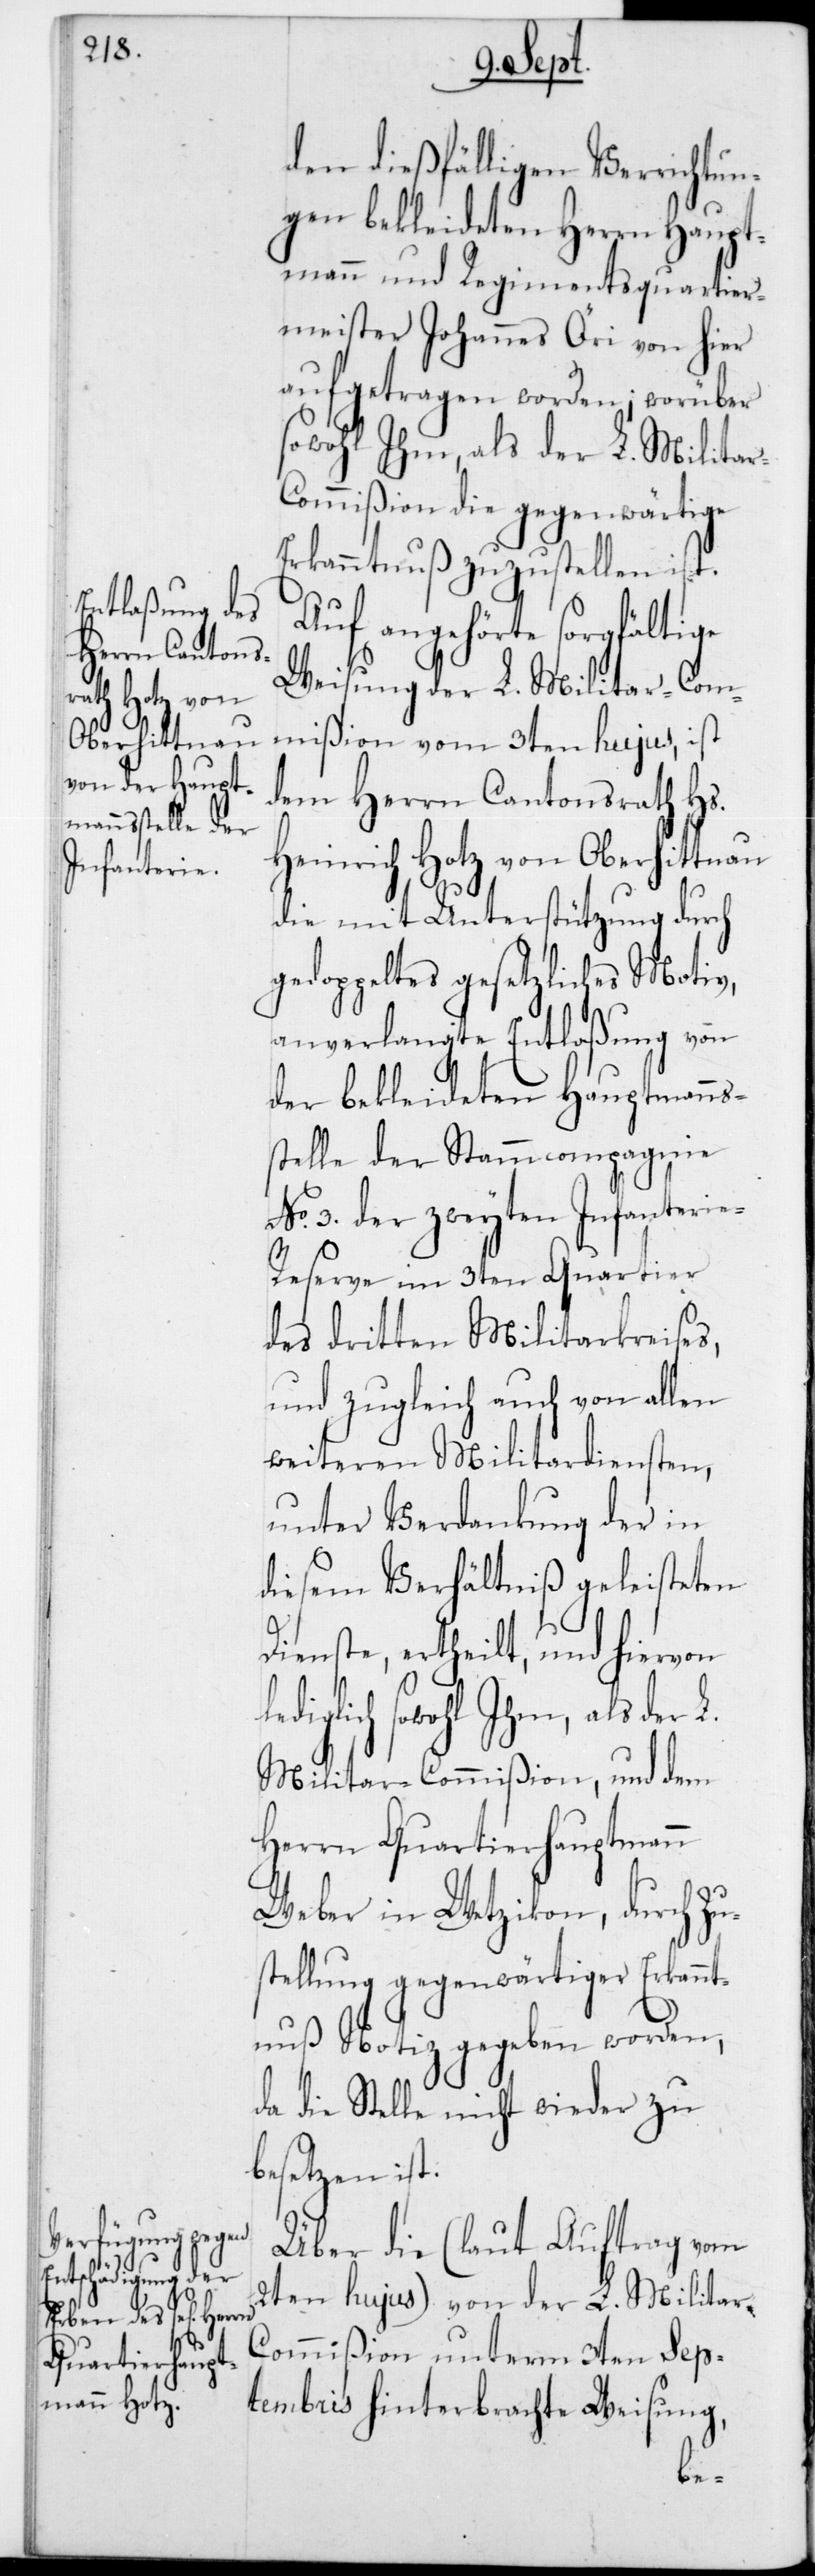
den dießfälligen Verrichtun¬
gen bekleideten Herrn Haupt¬
mann und Regimentsquartier¬
meister Johannes Öri von hier
aufgetragen worden; worüber
sowohl Ihm, als der L. Milita¬
ommißion die gegenwärtige
Erkanntnuß zuzustellen ist.
Auf angehörte sorgfältige
Weisung der L. Militar-Com¬
mißion vom 3ten hujus, ist
dem Herrn Cantonsrath Hs.
Heinrich Hotz von Oberhittnau
die mit Unterstützung durch
gedoppeltes gesetzliches Motiv,
anverlangte Entlaßung von
der bekleideten Hauptmanns¬
stelle der Stammcompagnie
No 3 der zweyten Infanterie-R¬
eserve im 3ten Quartier
des dritten Militarkreises,
und zugleich auch von allen
weiteren Militardiensten,
unter Verdankung der in
diesem Verhältniß geleisteten
Dienste, ertheilt, und hiervon
lediglich sowohl Ihm, als der L.
Militar-Commißion, und dem
Herrn Quartierhauptmann
Weber in Wetzikon, durch Zu¬
tellung gegenwärtiger Erkann¬
tnuß Notiz gegeben worden,
da die Stelle nicht wieder zu
besetzen ist.
Über die (laut Auftrag vom
2ten hujus) von der L. Militar-C¬
ommißion unterm 3ten Sep¬
tembris hinterbrachte Weisung,
s¬